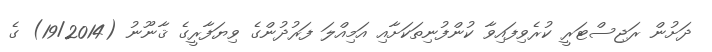
ދަށުން ރަޖިސްޓަރީ ކުރެވިފައިވާ ކުންފުނިތަކަށާއި އަމިއްލަ ފަރުދުންގެ ވިޔަފާރީގެ ޤާނޫނު (19/2014) ގެ